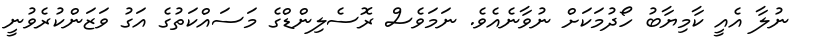
ނުލާ އެއީ ކާމިޔާބު ހޯދުމަކަށް ނުވާނެއެވެ. ނަމަވެސް ރޮސެލިންޑްގެ މަސައްކަތުގެ އަގު ވަޒަންކުރެވުނީ